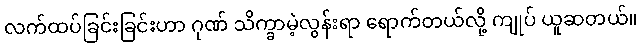
လက်ထပ်ခြင်းခြင်းဟာ ဂုဏ် သိက္ခာမဲ့လွန်းရာ ရောက်တယ်လို့ ကျုပ် ယူဆတယ်။